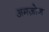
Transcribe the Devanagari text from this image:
अमज़ोन